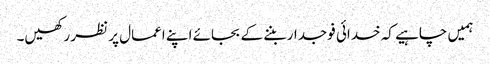
ہمیں چاہیے کہ خدائی فوجدار بننے کے بجائے اپنے اعمال پر نظر رکھیں۔